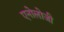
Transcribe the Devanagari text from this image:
एनोलोजी